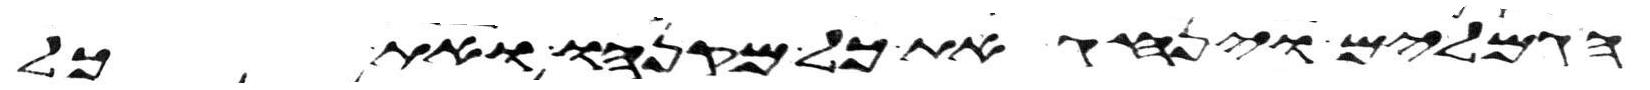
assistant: הגמלים וינהג את כל מקנהו ואת כל